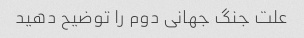
علت جنگ جهانی دوم را توضیح دهید